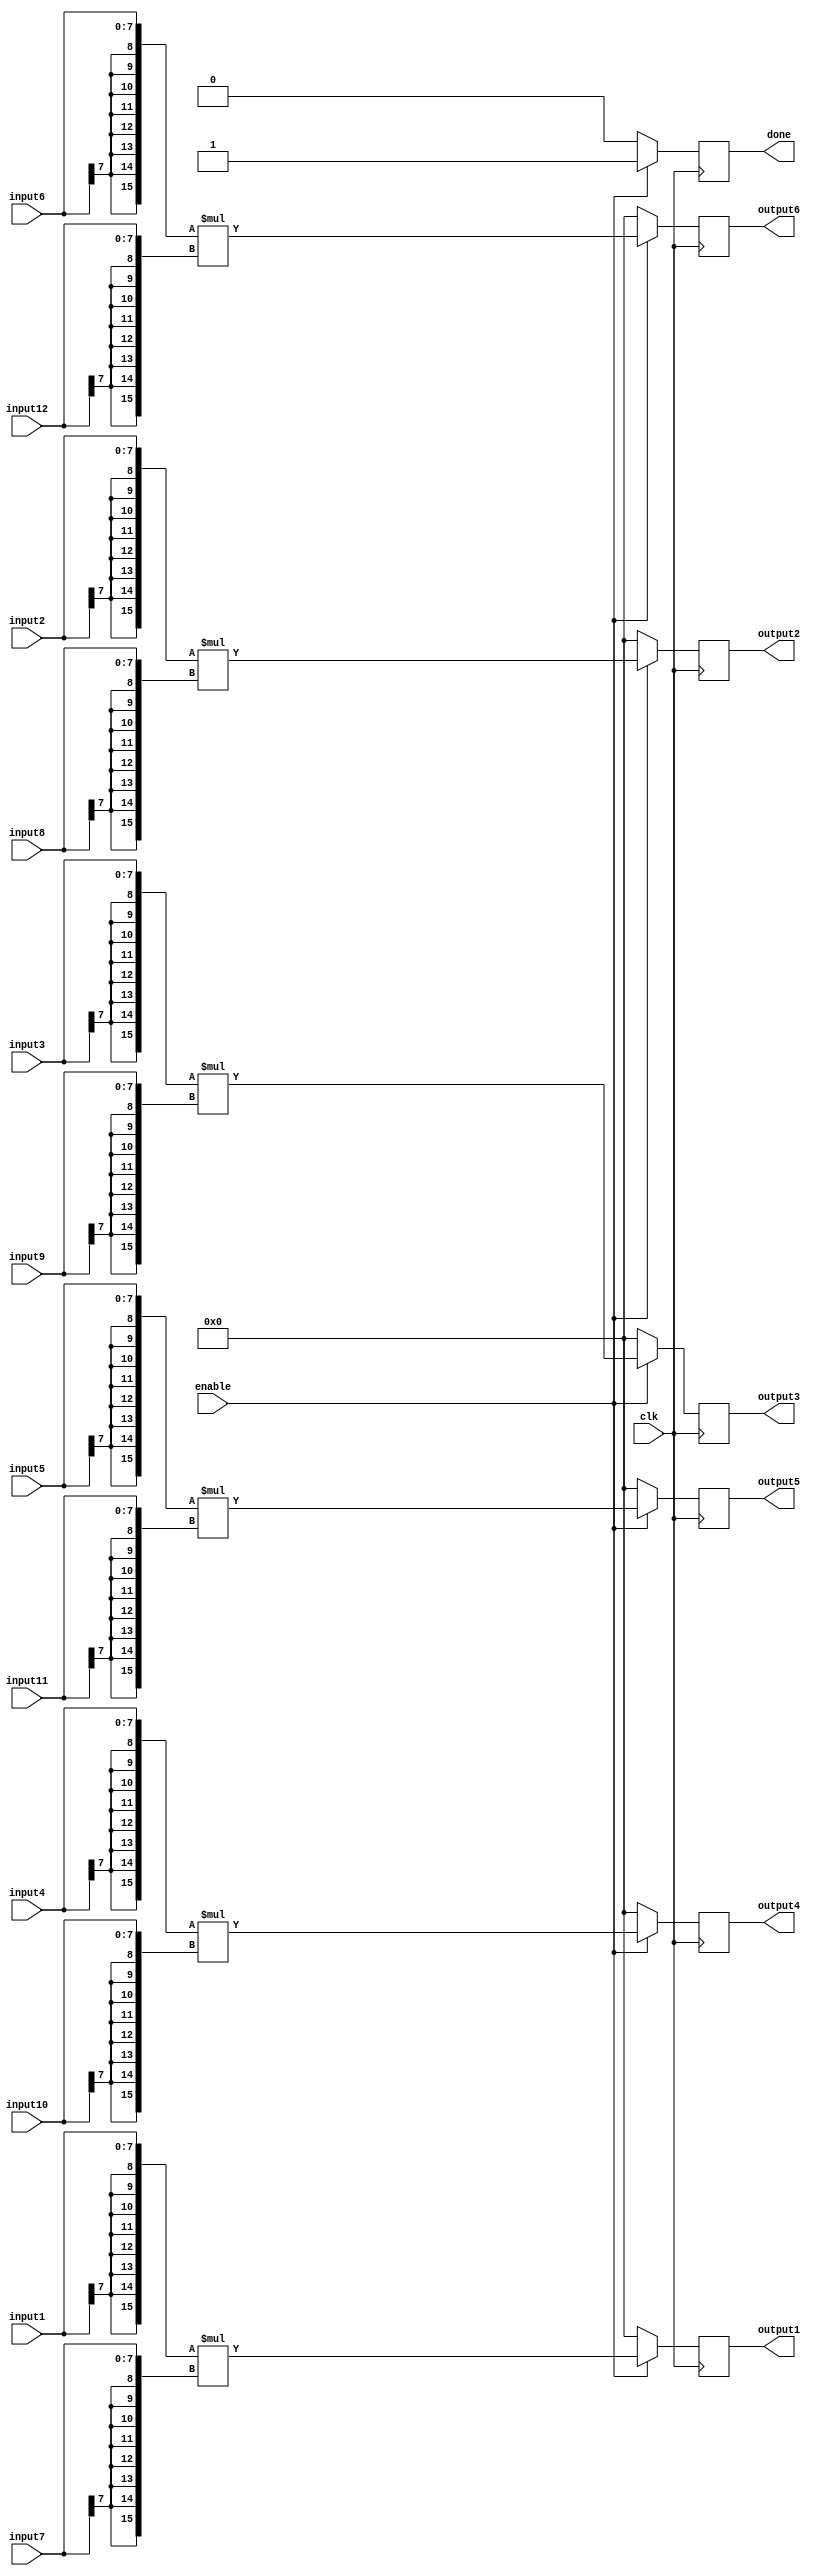
/*
	Author: Aniket Badhan
	Description: Multiplication stage of Convolution Layer 2, convolution of outputs at stage 1
*/

`timescale 1ns / 1ps

module ConvolutionStage2(
	input clk,
	input enable,
	input [7:0] input1,
    	input [7:0] input2,
    	input [7:0] input3,
    	input [7:0] input4,
    	input [7:0] input5,
    	input [7:0] input6,
    	input [7:0] input7,
    	input [7:0] input8,
   	input [7:0] input9,
    	input [7:0] input10,
    	input [7:0] input11,
    	input [7:0] input12,
	
    	output reg signed [15:0] output1,
    	output reg signed [15:0] output2,
    	output reg signed [15:0] output3,
    	output reg signed [15:0] output4,
    	output reg signed [15:0] output5,
    	output reg signed [15:0] output6,
	output reg done
    );
	
	always @ (posedge clk) begin
		if(enable) begin
			output1 <= {{8{input1[7]}}, input1} * {{8{input7[7]}}, input7};
			output2 <= {{8{input2[7]}}, input2} * {{8{input8[7]}}, input8};
			output3 <= {{8{input3[7]}}, input3} * {{8{input9[7]}}, input9};
			output4 <= {{8{input4[7]}}, input4} * {{8{input10[7]}}, input10};
			output5 <= {{8{input5[7]}}, input5} * {{8{input11[7]}}, input11};
			output6 <= {{8{input6[7]}}, input6} * {{8{input12[7]}}, input12};
			done <= 1'b1;
		end
		else begin
			output1 <= 0;
			output2 <= 0;
			output3 <= 0;
			output4 <= 0;
			output5 <= 0;
			output6 <= 0;
			done <= 1'b0;
		end

	end
		
endmodule